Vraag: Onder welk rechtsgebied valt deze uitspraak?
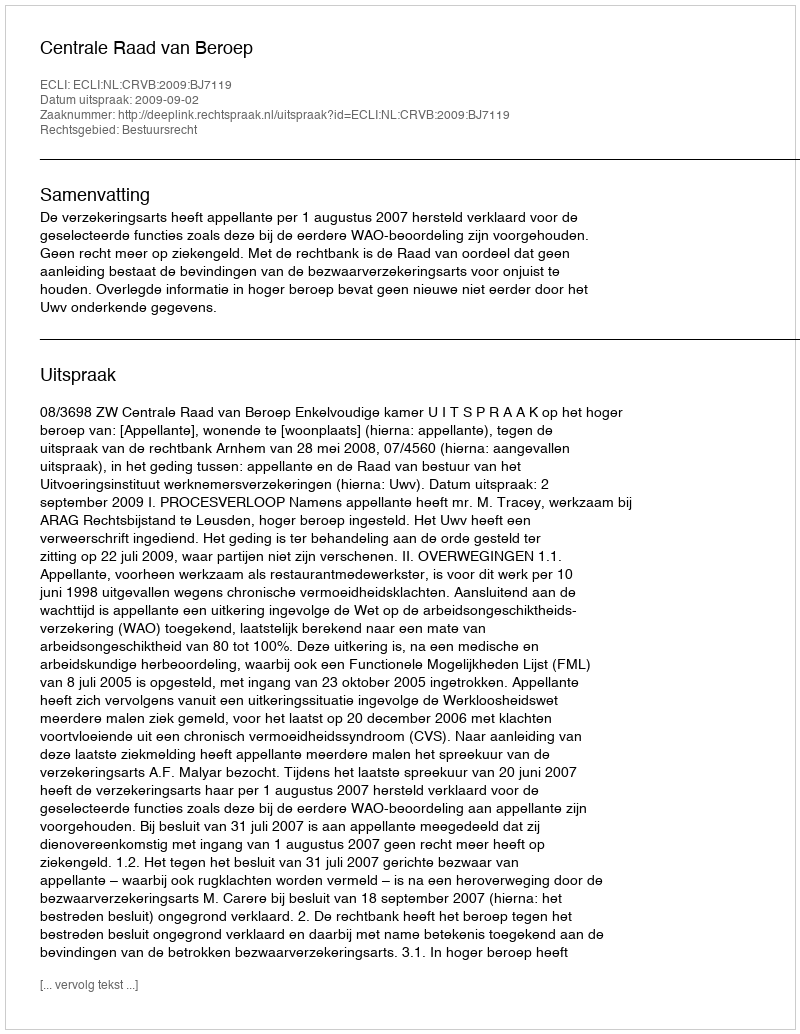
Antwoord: Bestuursrecht